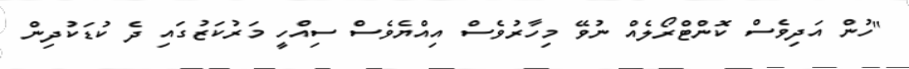
"ހުން އަދިވެސް ކޮންޓްރޯލެއް ނުވޭ މިހާރުވެސް އިއްޔެވެސް ސިއްހީ މަރުކަޒުގައި ދެ ކުޑަކުދިން